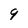
Character: 9